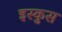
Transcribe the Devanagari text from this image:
इस्कुस